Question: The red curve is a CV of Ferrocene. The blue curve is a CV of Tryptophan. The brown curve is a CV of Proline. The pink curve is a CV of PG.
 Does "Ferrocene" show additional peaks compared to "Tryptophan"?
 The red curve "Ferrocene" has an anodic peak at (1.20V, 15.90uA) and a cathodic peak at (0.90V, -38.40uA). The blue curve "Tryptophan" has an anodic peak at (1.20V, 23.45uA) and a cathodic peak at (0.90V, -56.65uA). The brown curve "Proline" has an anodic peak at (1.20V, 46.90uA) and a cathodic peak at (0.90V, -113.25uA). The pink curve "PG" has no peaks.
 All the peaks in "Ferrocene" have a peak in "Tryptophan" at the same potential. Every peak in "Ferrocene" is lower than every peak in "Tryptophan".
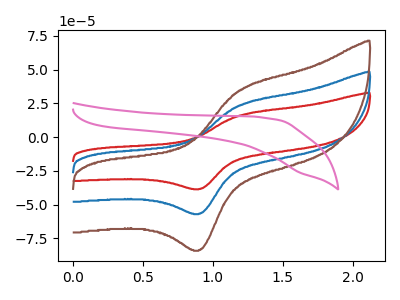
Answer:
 <answer>No, "Ferrocene" and "Tryptophan" don't appear to be significantly different in shape</answer>
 <eval>no_change</eval>